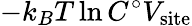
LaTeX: -k_{B}T\ln C^{\circ}V_{\mathrm{site}}